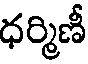
ధర్మిణీ